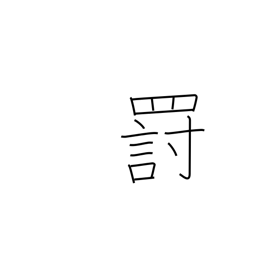
Meaning: punishment